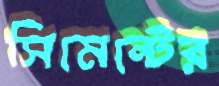
সিমেন্টের